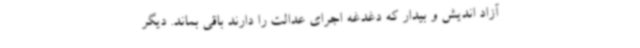
آزاد اندیش و بیدار که دغدغه اجرای عدالت را دارند باقی بماند. دیگر